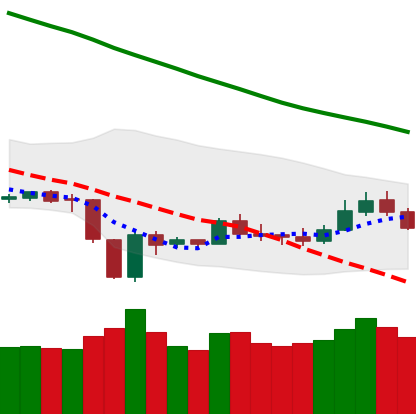
Ticker: LTC-USD
Chart end date: 2019-12-31
Forward return: 5.353%
Label: up_5_7